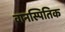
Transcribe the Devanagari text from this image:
वानस्पितिक